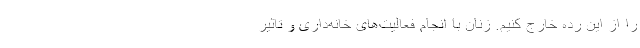
را از این رده خارج کنیم. زنان با انجام فعالیت‌های خانه‌داری و تاثیر